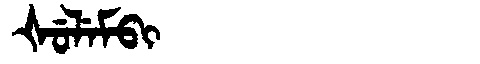
Manchu: ᡧᡠᠯᡝᠮᠪᡳ
Romanization: ŠULEMBI